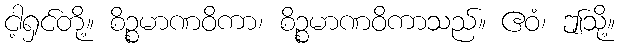
ငါ့ရှင်တို့။ စိဉ္စမာဏဝိကာ၊ စိဉ္စမာဏဝိကာသည်။ ဧဝံ၊ ဤသို့။